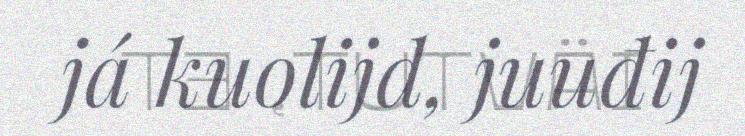
já kuolijd, juuđij